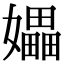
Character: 𪦮